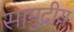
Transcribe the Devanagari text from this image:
सामुद्रीय